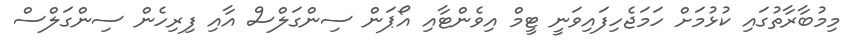
މިމުބާރާތުގައި ކުޅުމަށް ހަމަޖެހިފައިވަނީ ޓީމް އިވެންޓާއި އޯޕަން ސިންގަލްސް އާއި ފިރިހެން ސިންގަލްސް